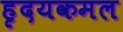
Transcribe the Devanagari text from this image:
हृदयकमल